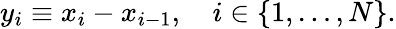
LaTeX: y_{i}\equiv x_{i}-x_{i-1},\quad i\in\{ 1,\ldots,N\} .